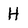
Character: H